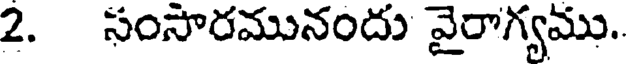
2. సంసారమునందు వైరాగ్యము.